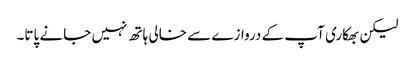
لیکن بھکاری آپ کے دروازے سے خالی ہاتھ نہیں جانے پاتا۔